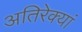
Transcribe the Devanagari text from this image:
अतिरेक्यां